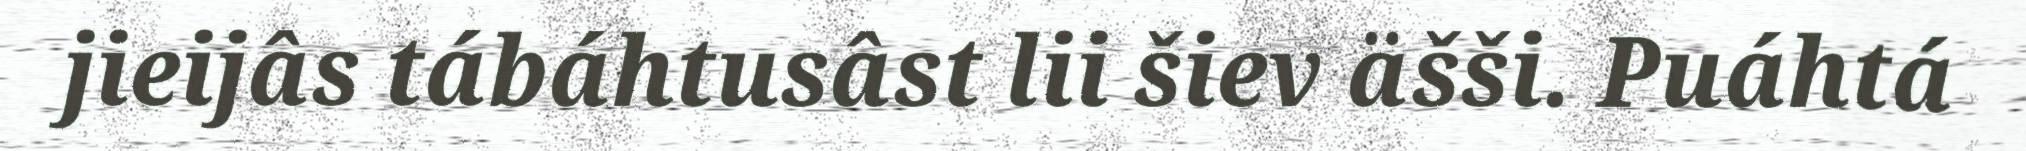
jieijâs tábáhtusâst lii šiev äšši. Puáhtá